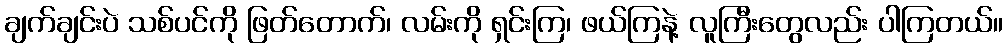
ချက်ချင်းပဲ သစ်ပင်ကို ဖြတ်တောက်၊ လမ်းကို ရှင်းကြ၊ ဖယ်ကြနဲ့ လူကြီးတွေလည်း ပါကြတယ်။